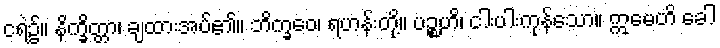
ငရဲ၌။ နိက္ခိတ္တာ၊ ချထားအပ်၏။ ဘိက္ခဝေ၊ ရဟန်းတို့။ ပဉ္စဟိ၊ ငါးပါးကုန်သော။ ဣမေဟိ ခေါ